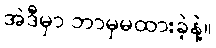
အဲဒီမှာ ဘာမှမထားခဲ့နဲ့။